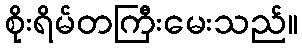
စိုးရိမ်တကြီးမေးသည်။